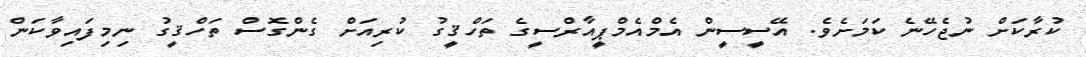
ކުރާކަށް ނުޖެހޭނެ ކަމަށެވެ. އޭސީސީން އެމްއެމްޕީއާރްސީގެ ތަހްޤީގު ކުރިއަށް ގެންގޮސް ތަހްޤީގު ނިމިފައިވާކަން